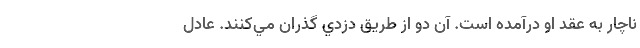
ناچار به عقد او درآمده است. آن دو از طريق دزدي گذران مي‌کنند. عادل